Report of the Indian Hemp Drugs Commission, 1894-1895 - Volume VII
Year: 1894
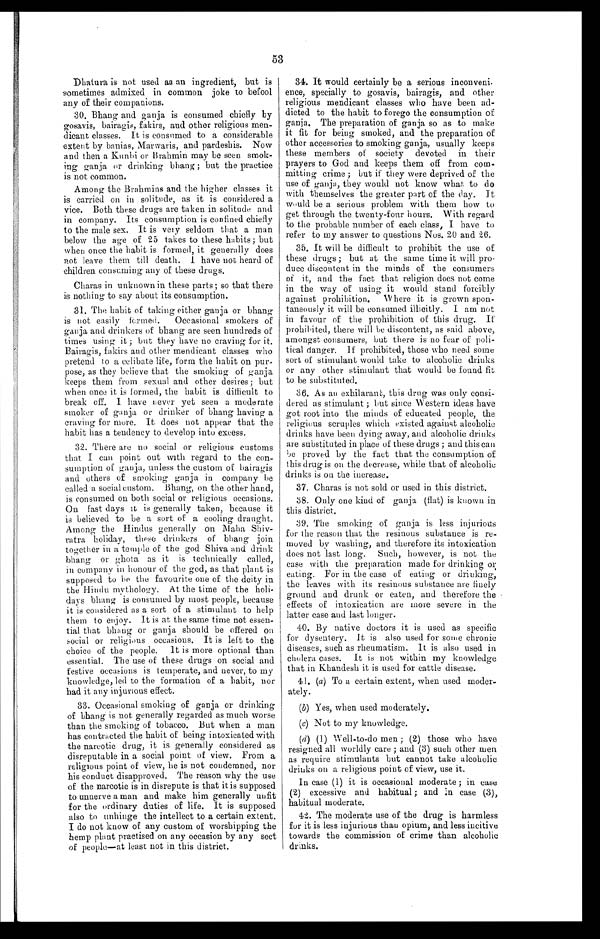
53
Dhatura is not used as an ingredient, but is
sometimes admixed in common joke to befool
any of their companions.
30. Bhang and ganja is consumed chiefly by
gosavis, bairagis, fakirs, and other religious men
- d i c a n t c l a s s e s . I t i s c o n s u m e d t o a c o n s i d e r a b l e
extent by banias, Marwaris, and pardeshis. Now
and then a Kunbi or Brahmin may be seen smok
- i n g g a n j a o r d r i n k i n g b h a n g ; b u t t h e p r a c t i c e
is not common.
Among the Brahmins and the higher classes it
is carried on in solitude, as it is considered a
vice. Both these drugs are taken in solitude and
in company. Its consumption is confined chiefly
to the male sex. It is very seldom that a man
below the age of 25 takes to these habits; but
when once the habit is formed, it generally does
not leave them till death. I have not heard of
children consuming any of these drugs.
Charas in unknown in these parts; so that there
is nothing to say about its consumption.
31. The habit of taking either ganja or bhang
is not easily formed. Occasional smokers of
ganja and drinkers of bhang are seen hundreds of
times using it ; but they have no craving for it.
Bairagis, fakirs and other mendicant classes who
pretend to a celibate life, form the habit on pu
r - p o s e , a s t h e y b e l i e v e t h a t t h e s m o k i n g o f g a n j a
keeps them from sexual and other desires; but
when once it is formed, the habit is difficult to
break off. I have never yet seen a moderate
smoker of ganja or drinker of bhang having a
craving for more. It does not appear that the
habit has a tendency to develop into excess.
32. There are no social or religious customs
that I can point out with regard to the con
-sumption of ganja, unless the custom of bairagis
and others of smoking ganja in company be
called a social custom. Bhang, on the other hand,
is consumed on both social or religious occasions.
On fast days it is generally taken, because it
is believed to be a sort of a cooling draught.
Among the Hindus generally on Maha Shiv
- r a t r a h o l i d a y , t h e s e d r i n k e r s o f b h a n g j o i n
together in a temple of the god Shiva and drink
bhang or ghota as it is technically called,
in company in honour of the god, as that plant is
supposed to be the favourite one of the deity in
the Hindu mythology. At the time of the holi
- d a y s b h a n g i s c o n s u m e d b y m o s t p e o p l e , b e c a u s e
it is considered as a sort of a stimulant to help
them to enjoy. It is at the same time not esse
n - t i a l t h a t b h a n g o r g a n j a s h o u l d b e o f f e r e d o n
social or religious occasions. It is left to the
choice of the people. It is more optional than
essential. The use of these drugs on social and
festive occasions is temperate, and never, to my
knowledge, led to the formation of a habit, nor
h a d i t a n y
i n j u r i o u s
e f f e c t .
33.Occasional smoking of ganja or drinking
of bhang is not generally regarded as much worse
than the smoking of tobacco. But when a man
has contracted the habit of being intoxicated with
the narcotic drug, it is generally considered as
disreputable in a social point of view. From a
religious point of view, he is not condemned, nor
his conduct disapproved. The reason why the use
of the narcotic is in disrepute is that it is supposed
to unnerve a man and make him generally unfit
for the ordinary duties of life. It is supposed
also to unhinge the intellect to a certain extent.
I do not know of any custom of worshipping the
hemp plant practised on any occasion by any sect
of people—at least not in this district.
34. It would certainly be a serious inconveni-
ence, specīally to gosavis, bairagis, and other
religious mendicant classes who have been ad
- d i c t e d t o t h e h a b i t t o f o r e g o t h e c o n s u m p t i o n o f
ganja. The preparation of ganja so as to make
it fit for being smoked, and the preparation of
other accessories to smoking ganja, usually keeps
these members of society devoted in their
prayers to God and keeps them off from com
- m i t t i n g c r i m e ; b u t i f t h e y w e r e d e p r i v e d o f t h e
use of ganja, they would not know what to do
with themselves the greater part of the day. It
would be a serious problem with them how to
get through the twenty-four hours. With regard
to the probable number of each class, I have to
refer to my answer to questions Nos. 20 and 26.
35. It will be difficult to prohibit the use of
these drugs ; but at the same time it will pro
- d u c e d i s c o n t e n t i n t h e m i n d s o f t h e c o n s u m e r s
of it, and the fact that religion does not come
in the way of using it would stand forcibly
against prohibition. Where it is grown spon
- t a n e o u s l y i t w i l l b e c o n s u m e d i l l i c i t l y . I a m n o t
in favour of the prohibition of this drug. If
prohibited, there will be discontent, as said above,
amongst consumers, but there is no fear of poli
- t i c a l
d a n g e r .
I f p r o h i b i t e d , t h o s e w h o
n e e d
s o m e
sort of stimulant would take to alcoholic drinks
or any other stimulant that would be found fit
to be substituted.
36. As an exhilarant, this drug was only consi
- d e r e d a s s t i m u l a n t ; b u t s i n c e W e s t e r n i d e a s h a v e
got root into the minds of educated people, the
religious scruples which existed against alcoholic
drinks have been dying away, and alcoholic drinks
are substituted in place of these drugs ; and this can
be proved by the fact that the consumption of
this drug is on the decrease, while that of alcoholic
drinks is on the increase.
37. Charas is not sold or used in this district.
38. Only one kind of ganja (flat) is known in
this district.
39. The smoking of ganja is less injurious
for the reason that the resinous substance is re
- m o v e d b y w a s h i n g , a n d t h e r e f o r e i t s i n t o x i c a t i o n
does not last long. Such, however, is not the
case with the preparation made for drinking or
eating. For in the case of eating or drinking,
the leaves with its resinous substance are finely
ground and drunk or eaten, and therefore the
effects of intoxication are more severe in the
latter case and last longer.
40. By native doctors it is used as specific
for dysentery. It is also used for some chronic
diseases, such as rheumatism. It is also used in
cholera cases. It is not within my knowledge
that in Khandesh it is used for cattle disease.
41. (a ) To a certain extent, when used moder
-ately.
(b) Yes, when used moderately.
(c) Not to my knowledge.
(d) (1) Well-to-do men ; (2) those who have
resigned all worldly care ; and (3) such other men
as require stimulants but cannot take alcoholic
drinks on a religious point of view, use it.
In case (1) it is occasional moderate ; in case
(2) excessive and habitual; and in case (3),
habitual moderate.
42. The moderate use of the drug is harmless
for it is less injurious than opium, and less incitive
towards the commission of crime than alcoholic
drinks.